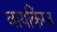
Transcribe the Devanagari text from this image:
वायकिंग्ज